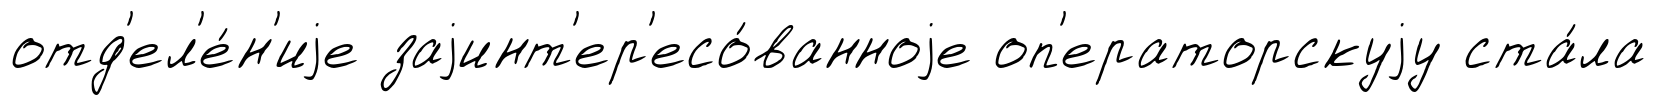
отд'ел'е́н'иjе заjинт'ер'есо́ванноjе оп'ераторскуjу ста́ла